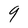
Character: 9